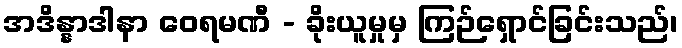
အဒိန္နာဒါနာ ဝေရမဏီ - ခိုးယူမှုမှ ကြဉ်ရှောင်ခြင်းသည်၊